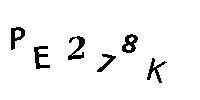
PE278K